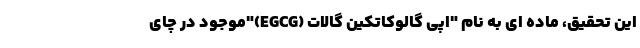
این تحقیق، ماده ای به نام "اپی گالوکاتکین گالات (EGCG)"موجود در چای